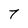
Character: 7